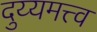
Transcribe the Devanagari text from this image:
दुय्यमत्त्व